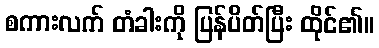
စကားလက် တံခါးကို ပြန်ပိတ်ပြီး ထိုင်၏။